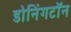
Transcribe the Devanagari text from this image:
डोनिंगटॉन